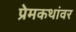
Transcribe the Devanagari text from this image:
प्रेमकथांवर